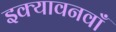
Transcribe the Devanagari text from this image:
इक्यावनवाँ